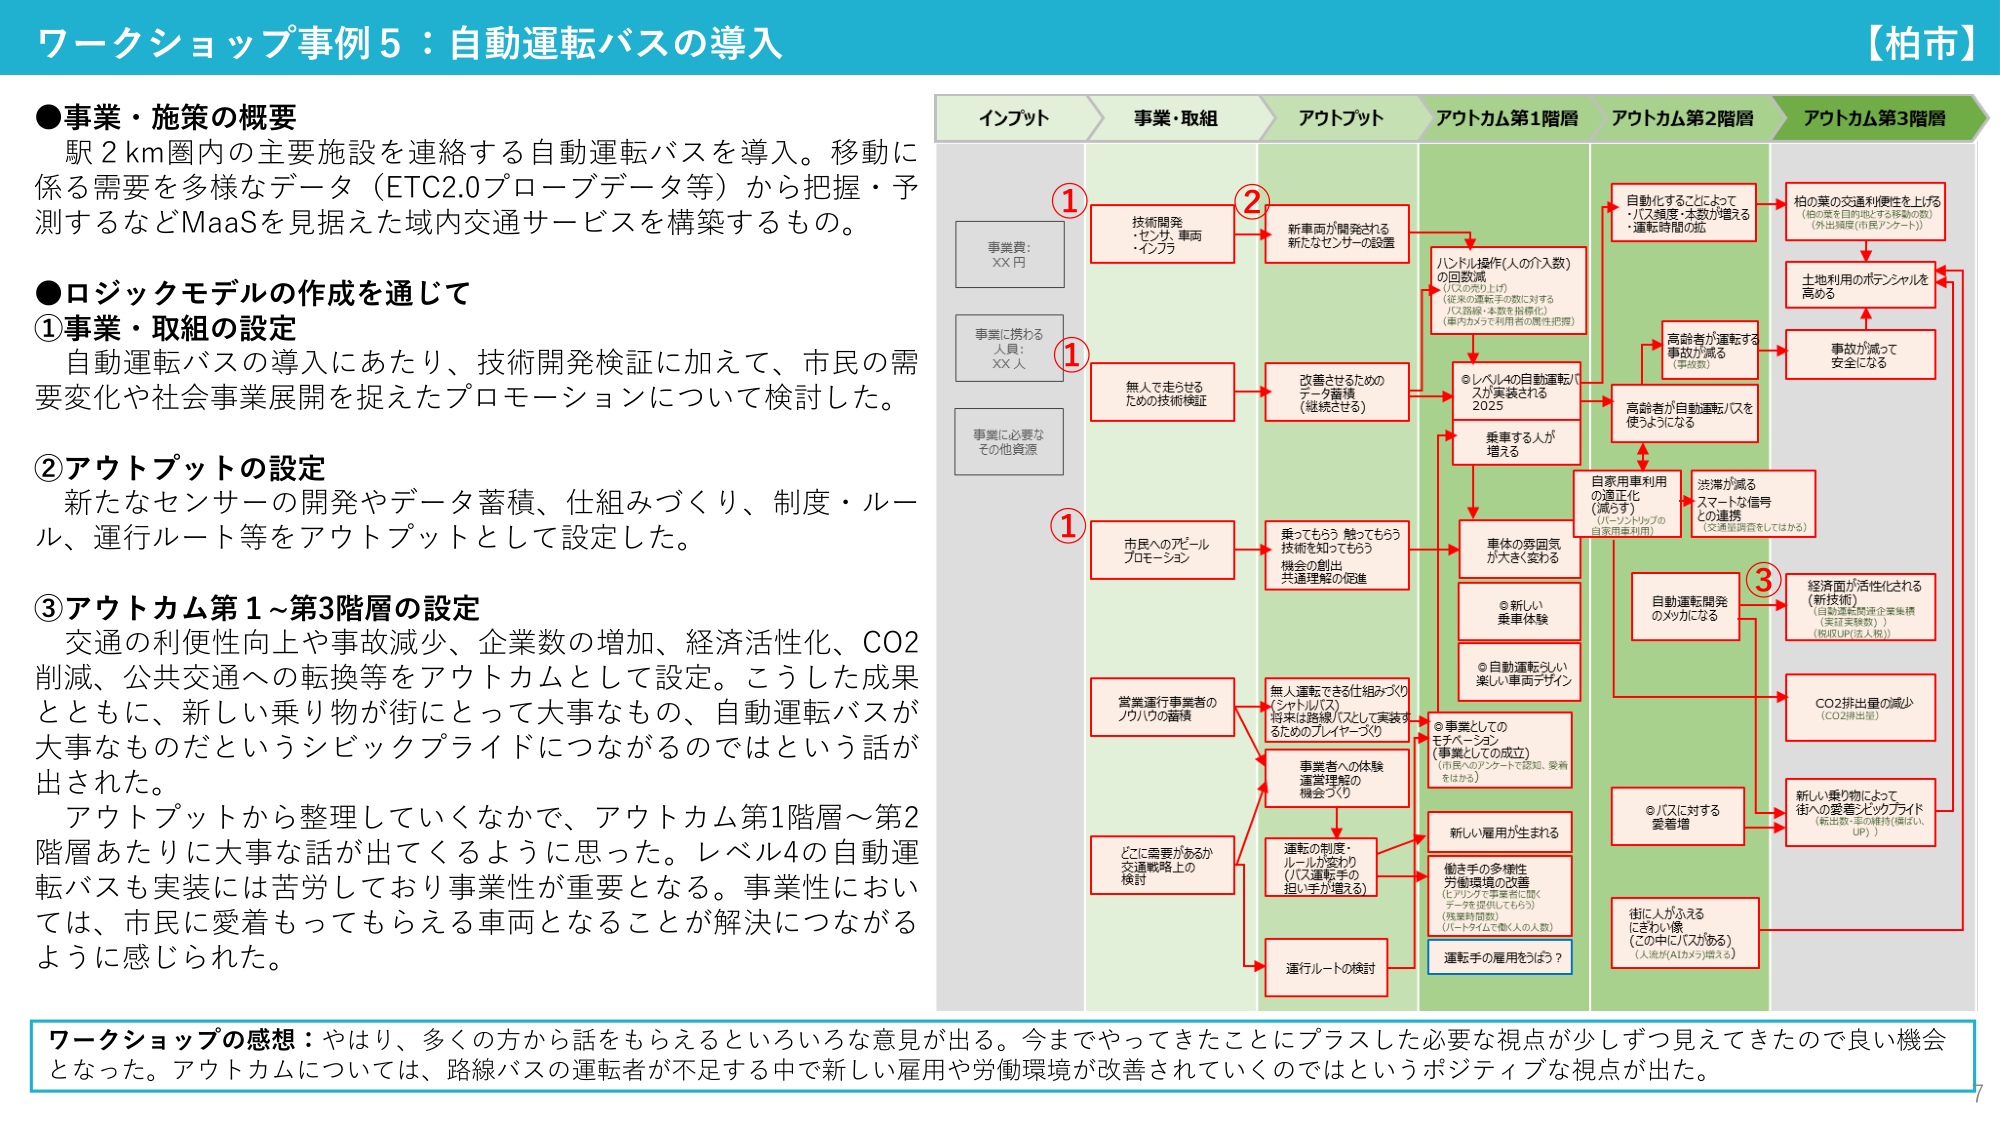
ワークショップ事例5：自動運転バスの導入
【柏市】

●事業・施策の概要
駅2km圏内の主要施設を連絡する自動運転バスを導入。移動に
係る需要を多様なデータ（ETC2.0プローブデータ等）から把握・予
測するなどMaaSを見据えた域内交通サービスを構築するもの。

●ロジックモデルの作成を通じて
①事業・取組の設定
自動運転バスの導入にあたり、技術開発検証に加えて、市民の需
要変化や社会事業展開を捉えたプロモーションについて検討した。

②アウトプットの設定
新たなセンサーの開発やデータ蓄積、仕組みづくり、制度・ルー
ル、運行ルート等をアウトプットとして設定した。

③アウトカム第1～第3階層の設定
交通の利便性向上や事故減少、企業数の増加、経済活性化、CO2
削減、公共交通への転換等をアウトカムとして設定。こうした成果
とともに、新しい乗り物が街にとって大事なもの、自動運転バスが
大事なものだというシベックプライドにつながるのではという話が
出された。
アウトプットから整理していくなかで、アウトカム第1階層～第2
階層あたりに大事な話が出てくるように思った。レベル4の自動運
転バスも実装には苦労しており事業性が重要となる。事業性におい
ては、市民に愛着もってもらえる車両となることが解決につながる
ように感じられた。

インプット
事業費：
XX円
事業に携わる
人員：
XX人
事業に必要な
その他資源

事業・取組
①
技術開発
・センサ、車両
・インフラ
①
無人で走らせる
ための技術検証
①
市民へのアピール
プロモーション
①
営業運行事業者の
ノウハウの蓄積
①
どこに需要があるか
交通戦略上の
検討
①
運行ルートの検討

アウトプット
②
新車両が開発される
新たなセンサーの設置
②
改善させるための
データ蓄積
（継続される）
②
乗ってもらう・触ってもらう
技術を知ってもらう
機会の創出
共通理解の促進
②
無人運転できる仕組みづくり
（シナリオ）
将来は路線バスとして実装す
るためのプレイヤーづくり
②
事業者への体験
運営理解の
機会づくり
②
運転の制度・
ルールが変わり
（バス運転手の
担い手が増える）

アウトカム第1階層
ハンドル操作（人の介入数）
の回数減
（バスの売り上げ）
（従来の運転手の数に対する
バス路線・本数を指標化）
（車内カメラで利用者の属性把握）
◎レベル4の自動運転バ
スが実装される
2025
乗車する人が
増える
車体の愛用気
が大きくなる
◎新しい
乗車体験
◎自動運転らしい
楽しい車両デザイン
◎事業としての
モチベーション
（市民へのアピールで認知、愛着
をはかる）
新しい雇用が生まれる
働き手の多様性
労働環境の改善
（ヒアリングを事業者に聞く
データを提供してもらう）
（残業時間数）
（パートタイムで働く人の人数）
運転手の雇用をどう？

アウトカム第2階層
自動化することによって
・バス頻度・本数が増える
・運転時間の拡
高齢者が運転する
事故が減る
（事故数）
高齢者が自動運転バスを
使うようになる
自家用車利用
の適正化
（減らす）
（パーソントップの
自家用車利用）
渋滞が減る
スマートな信号
との連携
（交通量調査をしてはか）
自動運転開発
のメッカになる
◎バスに対する
愛着増
街に人がふえる
にぎわい像
（この中にバスがある）
（人流がAIカメラで増える）

アウトカム第3階層
柏の実の交通利便性を上げる
（柏の実を目的地とする移動の数）
（外出頻度/住民アンケート）
土地利用のポテンシャルを
高める
事故が減って
安全になる
経済面が活性化される
（新技術）
（自動運転関連企業集積
（来訪実験数））
（税収UP/法人税））
CO2排出量の減少
（CO2排出量）
新しい乗り物によって
街への愛着・シベックプライド
（転出数・率の維持（概ねし、
UP））

ワークショップの感想：やはり、多くの方から話をもらえるといろいろな意見が出る。今までやってきたことにプラスした必要な視点が少しずつ見えてきたので良い機会
となった。アウトカムについては、路線バスの運転者が不足する中で新しい雇用や労働環境が改善されていくのではというポジティブな視点が出た。

7